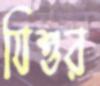
যিশুর